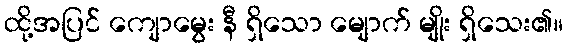
ထို့အပြင် ကျောမွေး နီ ရှိသော မျောက် မျိုး ရှိသေး၏။